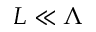
L \ll \Lambda